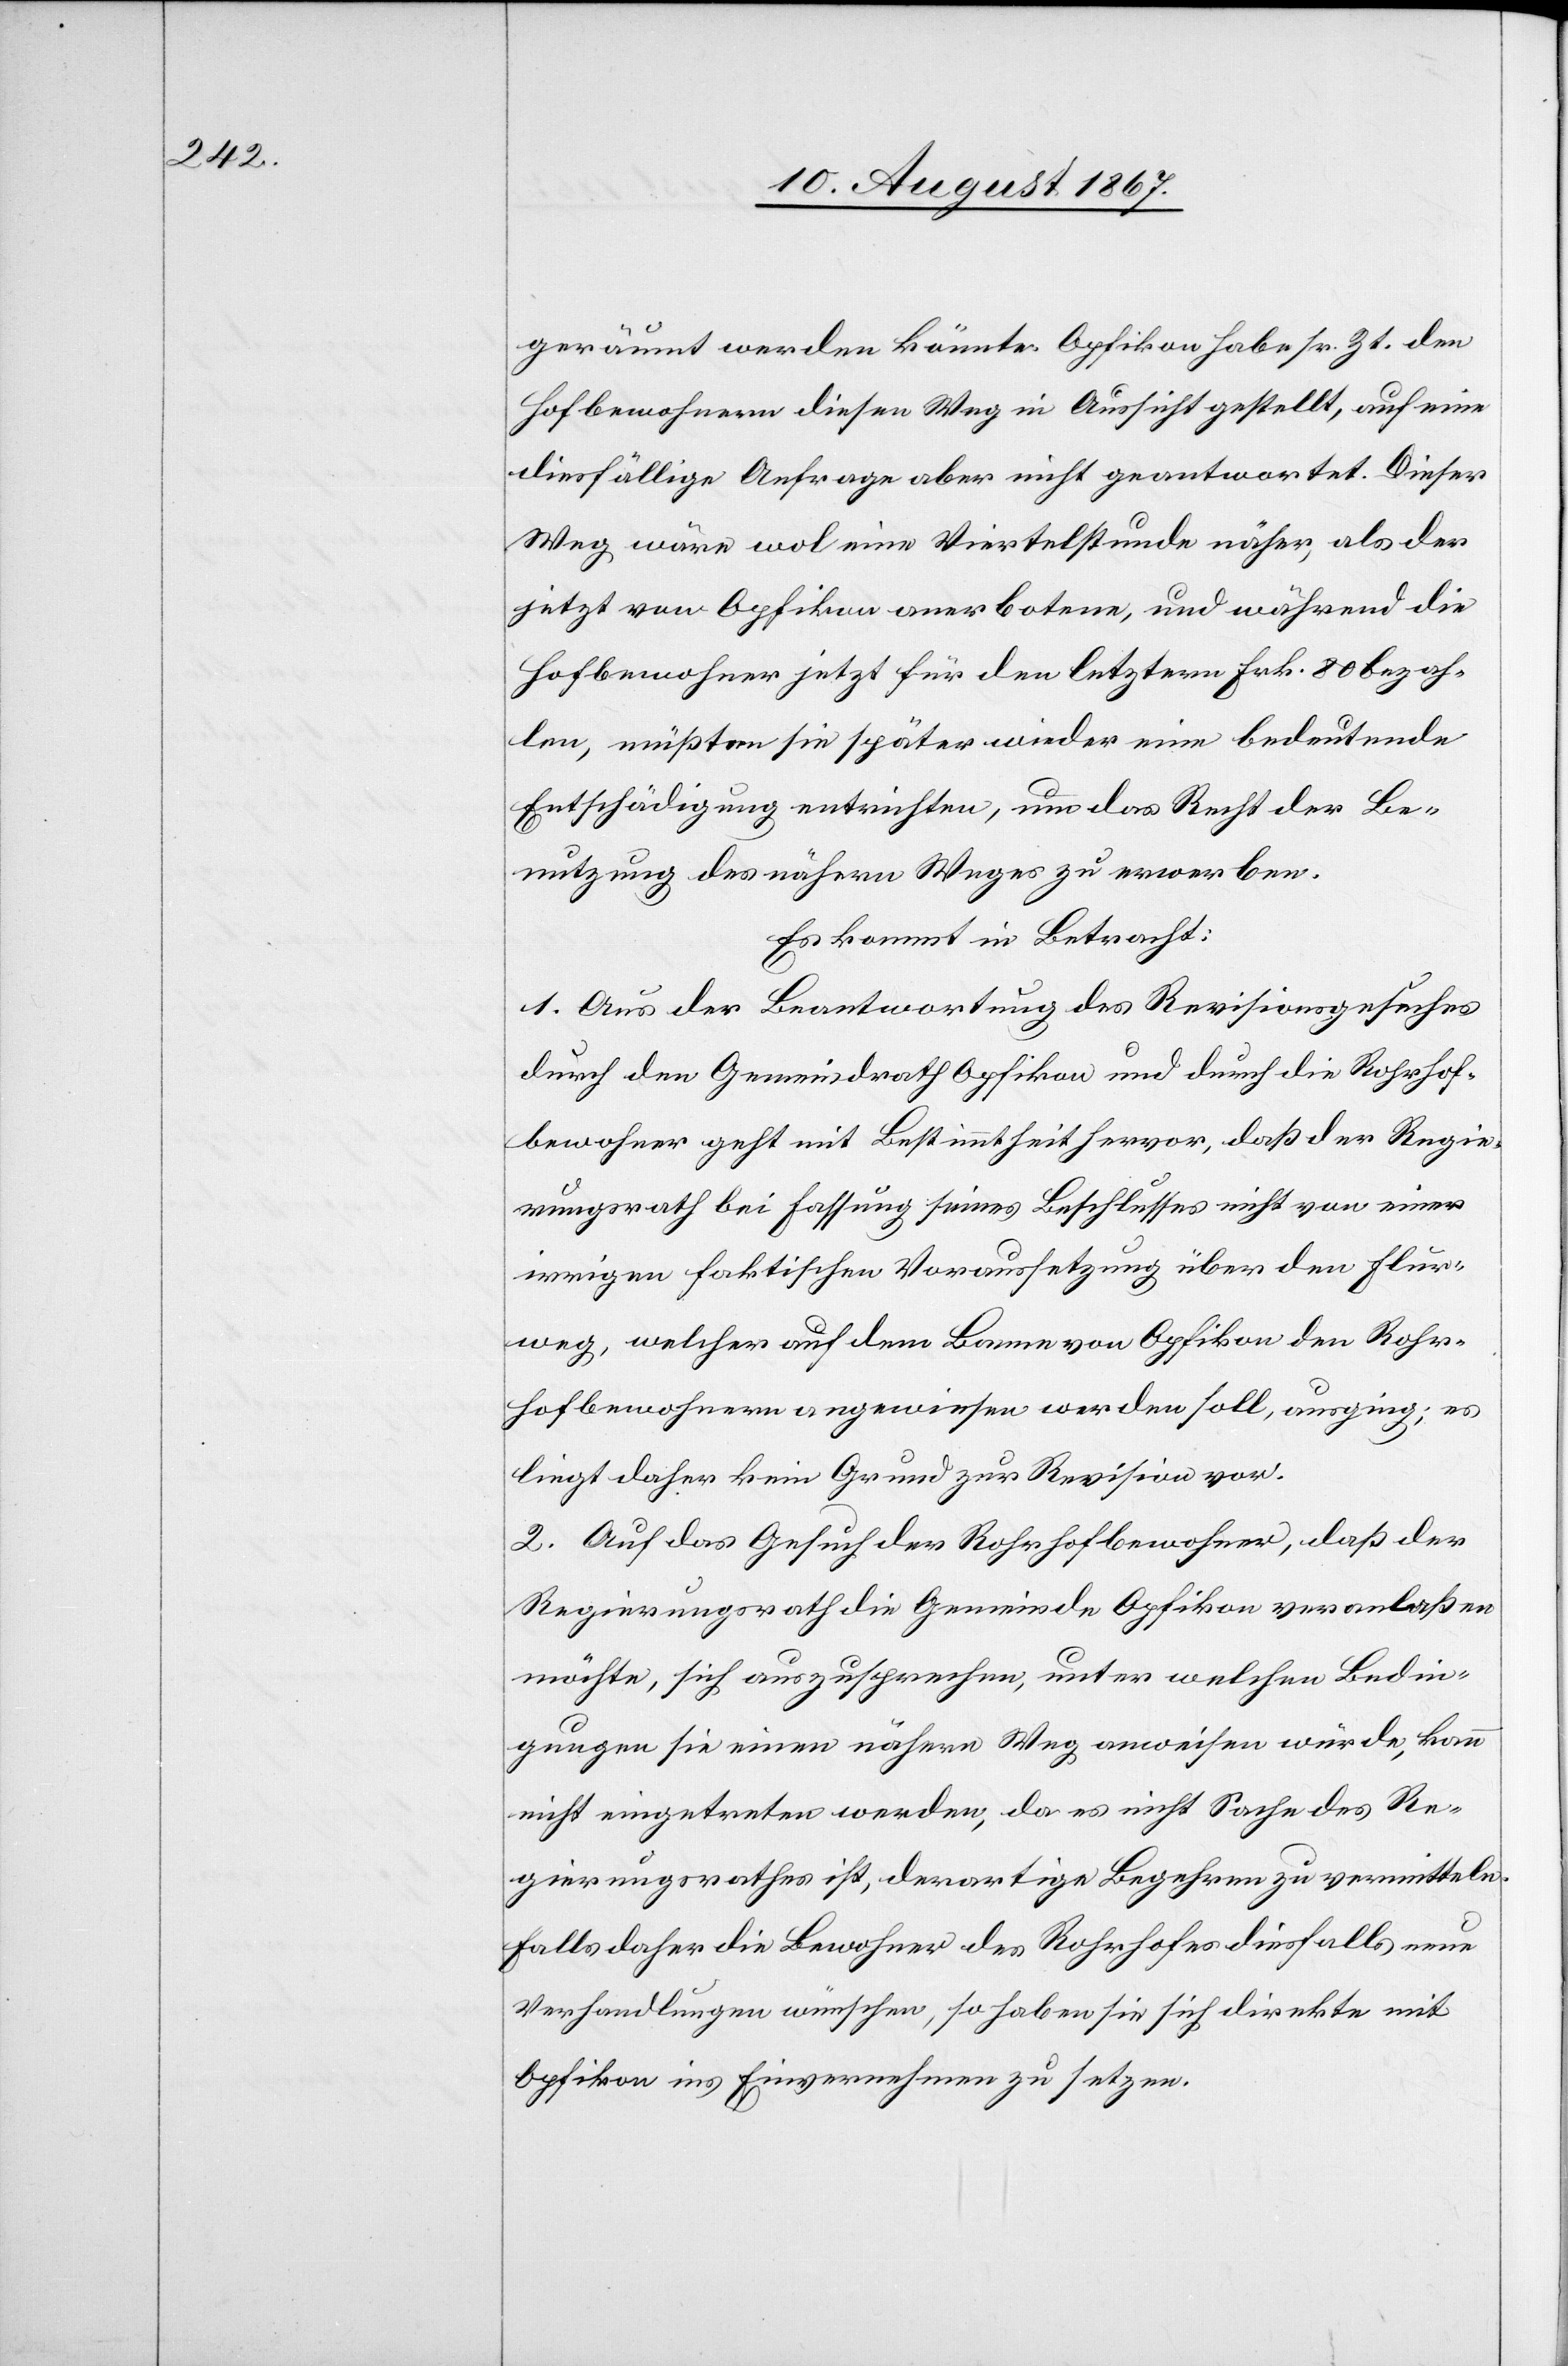
geräumt werden könnte. Opfikon habe sr. Zt. den
Hofbewohnern diesen Weg in Aussicht gestellt, auf eine
diesfällige Anfrage aber nicht geantwortet. Dieser
Weg wäre wol eine Viertelstunde näher, als der
jetzt von Opfikon anerbotene, und während die
Hofbewohner jetzt für den letztern Frk. 80 bezah¬
len, müßten sie später wieder eine bedeutende
Entschädigung entrichten, um das Recht der Be¬
nutzung des nähern Weges zu erwerben.
Es kommt in Betracht:
1. Aus der Beantwortung des Revisionsgesuches
durch den Gemeindrath Opfikon und durch die Rohrhof¬
bewohner geht mit Bestimmtheit hervor, daß der Regie¬
rungsrath bei Fassung seines Beschlusses nicht von einer
irrigen faktischen Voraussetzung über den Flur¬
weg, welcher auf dem Banne von Opfikon den Rohr¬
hofbewohnern angewiesen werden soll, ausging; es
liegt daher kein Grund zur Revision vor.
2. Auf das Gesuch der Rohrhofbewohner, daß der
Regierungsrath die Gemeinde Opfikon veranlaßen
möchte, sich auszusprechen, unter welchen Bedin¬
gungen sie einen nähern Weg anweisen würde, kann
nicht eingetreten werden, da es nicht Sache des Re¬
gierungsrathes ist, derartige Begehren zu vermitteln.
Falls daher die Bewohner des Rohrhofes diesfalls neue
Verhandlungen wünschen, so haben sie sich direkte mit
Opfikon ins Einvernehmen zu setzen.